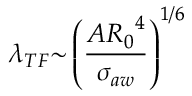
{ \lambda } _ { T F } { \sim } \left( \frac { A { R _ { 0 } } ^ { 4 } } { { \sigma } _ { a w } } \right) ^ { 1 / 6 }